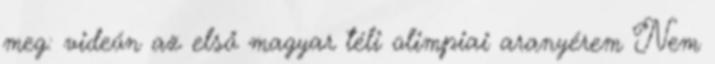
meg: videón az első magyar téli olimpiai aranyérem Nem